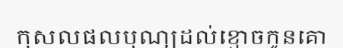
កុសលផលបុណ្យដល់ខ្មោចកូនគោ